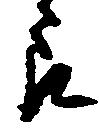
郎